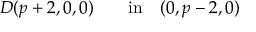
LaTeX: D ( p + 2 , 0 , 0 ) \qquad \mathrm { i n } \quad ( 0 , p - 2 , 0 )